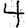
Digit: 4